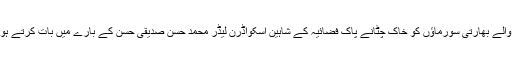
انہوں نے پاکستانی حدود کی خلاف ورزی کرنے والے بھارتی سورماؤں کو خاک چٹانے پاک فضائیہ کے شاہین اسکواڈرن لیڈر محمد حسن صدیقی حسن کے بارے میں بات کرتے ہوئے کہا کہ محمد حسن صدیقی پاکستان کا بیٹا ہے۔